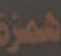
همزة